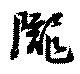
隴